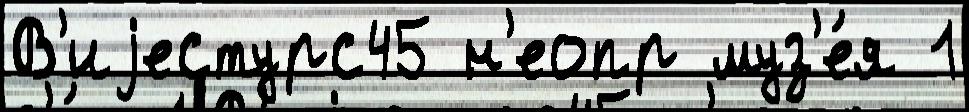
В'иjестурс45 н'еопр муз'е́я 1